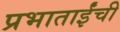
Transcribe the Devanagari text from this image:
प्रभाताईंची